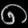
Digit: ၈